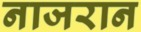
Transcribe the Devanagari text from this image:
नाजरान